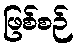
ဖြစ်စဉ်